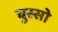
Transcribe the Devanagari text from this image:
बुस्सो